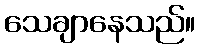
သေချာနေသည်။